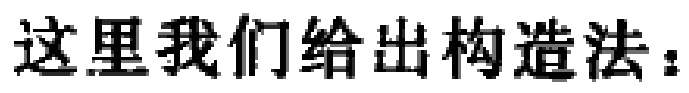
这里我们给出构造法：